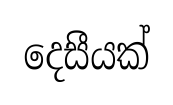
දෙසීයක්